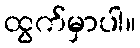
ထွက်မှာပါ။